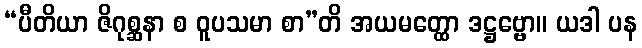
“ပီတိယာ ဇိဂုစ္ဆနာ စ ဝူပသမာ စာ”တိ အယမတ္ထော ဒဋ္ဌဗ္ဗော။ ယဒါ ပန